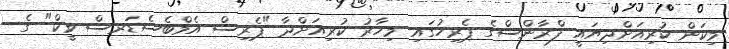
މިކަން ކުރިއަށްދިޔައީ ފްރާންސްގެ ޕެރިހުގައި މިހާރު ކުރިއަށްދާ "ޕެރިސް އެމްބެސެޑަރސް ވީކް" ގެ